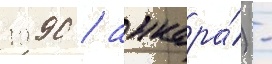
1990 / анкара́) -